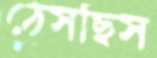
ঠেসছিস